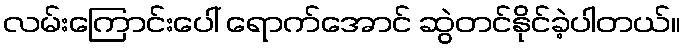
လမ်းကြောင်းပေါ် ရောက်အောင် ဆွဲတင်နိုင်ခဲ့ပါတယ်။